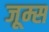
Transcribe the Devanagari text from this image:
जूम्स